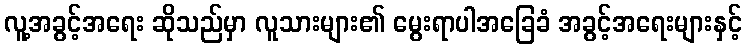
လူ့အခွင့်အရေး ဆိုသည်မှာ လူသားများ၏ မွေးရာပါအခြေခံ အခွင့်အရေးများနှင့်